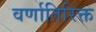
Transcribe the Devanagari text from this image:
वर्णातिरिक्त